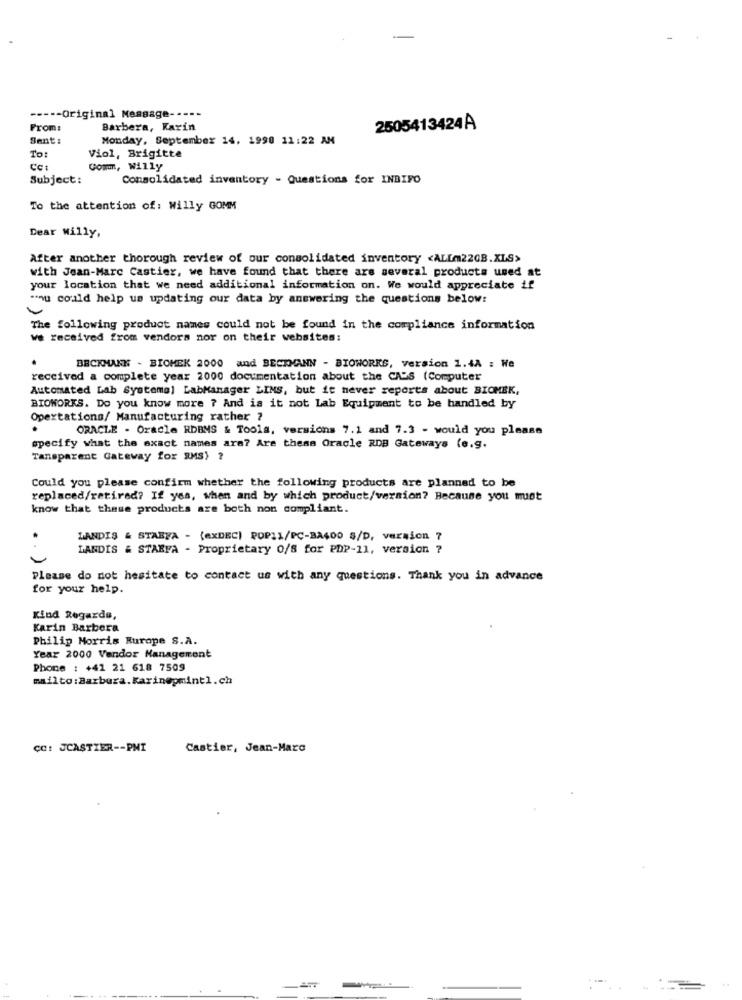
----- Original Message ---
From:
Barbera, Karin
2505413424A
Sent:
Monday, September 14, 1998 11:22 AM
To:
Viol, Brigitte
CC:
Comm, Willy
Subject:
Consolidated inventory - Questions for INBIFO
To the attention of: Willy GOMM
Dear willy,
After another thorough review of our consolidated inventory <ALLm22GB.XLS>
with Jean-Marc Castier, we have found that there are several products used at
your location that we need additional information on. We would appreciate if
"ou could help us updating our data by answering the questions below:
The following product names could not be found in the compliance information
we received from vendors nor on their websites:
.
BECKMANK - BIOMEK 2000 and BECKMANN - BIOWORKS, version 1.4A : We
received a complete year 2000 documentation about the CADS (Computer
Automated Lab Systemal LabManager LINS, but it never reports about BIOMEK,
BIOWORKS. Do you know more ? And is it not Lab Equipment to be handled by
Opertations/ Manufacturing rather ?
ORACLE . Oracle RDBMS & Tools, versions 7.1 and 7.3 - would you please
specify what the exact names are? Are these Oracle RDB Gateways (e.g.
Tansparent Gateway for RMS) ?
Could you please confirm whether the following products are planned to be
replaced/retired? If yes, when and by which product/version? Because you must
know that these products are both non compliant.
MANDIS & STABFA - (exDEC) POPIL/PC-BA400 S/D, version 7
LANDIS & STARFA - Proprietary 0/8 for PDP-11, version ?
Please do not hesitate to contact us with any questions. Thank you in advance
for your help.
Kind Regards,
Karin Barbera
Philip Morris Rurope S.A.
Year 2000 Vendor Management
Phone : +41 21 618 7509
mailto:Barbera.Karin@pmint1.ch
CC: JCASTIER -- PMI
Castier, Jean-Marc